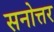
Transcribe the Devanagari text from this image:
सनोत्तर